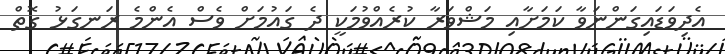
އެދިވަޑައިގަންނަވާ ކަމަށާއި މަޝްވަރާ ކުރެއްވުމަކީ ދެ ގައުމަށް ވެސް އެންމެ ރަނގަޅު ގޮތް